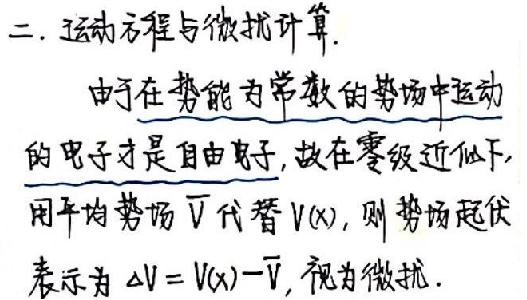
二. 运动方程与微扰计算.

由于在势能为常数的势场中运动
的电子才是自由电子, 故在零级近似下,
用平均势场 $\overline{V}$ 代替 $V(x)$, 则势场起伏
表示为 $\Delta V = V(x)-\overline{V}$, 视为微扰.